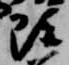
雖